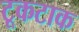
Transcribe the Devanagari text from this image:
टूकटाक